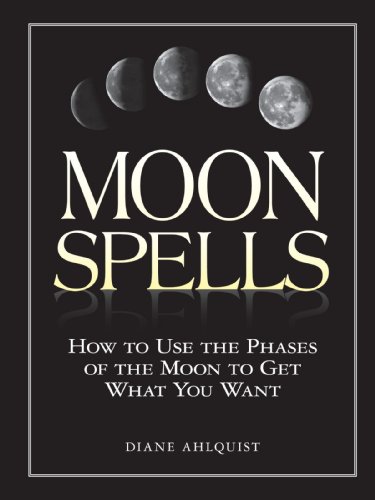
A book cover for Moon Spells: How to Use the Phases of the Moon to Get What You Want; Diane Ahlquist; Religion & Spirituality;